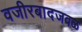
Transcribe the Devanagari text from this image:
वजीरबादजवळ